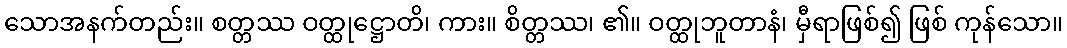
သောအနက်တည်း။ စတ္တဿ ဝတ္ထုဋ္ဌောတိ၊ ကား။ စိတ္တဿ၊ ၏။ ဝတ္ထုဘူတာနံ၊ မှီရာဖြစ်၍ ဖြစ် ကုန်သော။